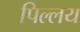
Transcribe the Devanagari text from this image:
पिल्लय